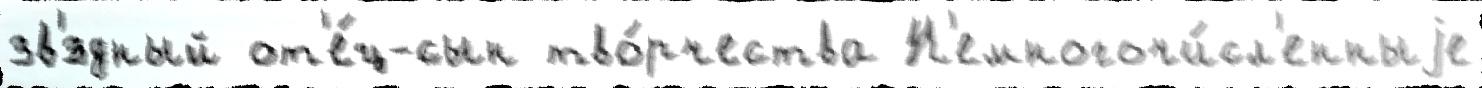
зв'́здный от'е́ц-сын тво́рчества Н'емногочи́сл'енныjе